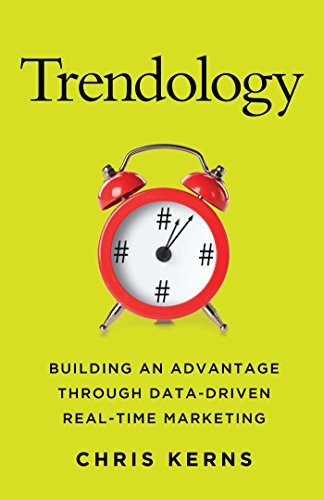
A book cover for Trendology: Building an Advantage through Data-Driven Real-Time Marketing; Chris Kerns; Computers & Technology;